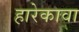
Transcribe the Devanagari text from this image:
हारेकावा